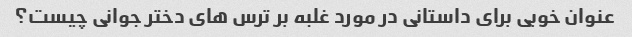
عنوان خوبی برای داستانی در مورد غلبه بر ترس های دختر جوانی چیست؟